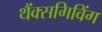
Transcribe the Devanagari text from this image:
थैंक्‍सगिविंग